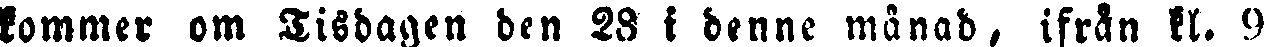
kommer om Tisdagen den 28 i denne månad, ifrån kl. 9